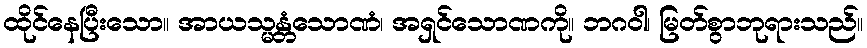
ထိုင်နေပြီးသော။ အာယသ္မန္တံသောဏံ၊ အရှင်သောဏကို။ ဘဂဝါ၊ မြတ်စွာဘုရားသည်။